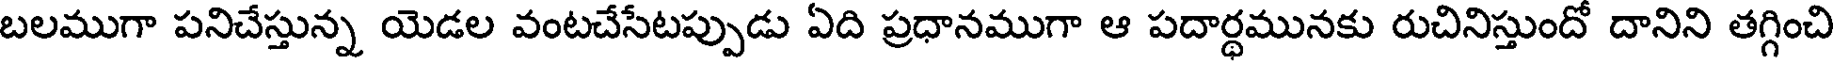
బలముగా పనిచేస్తున్న యెడల వంటచేసేటప్పుడు ఏది ప్రధానముగా ఆ పదార్ధమునకు రుచినిస్తుందో దానిని తగ్గించి